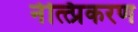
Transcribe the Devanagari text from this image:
नेत्त्प्रिकरण